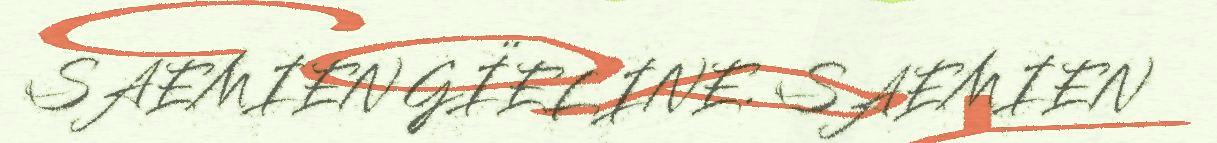
SAEMIEN GÏELINE. SAEMIEN